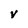
Character: V